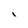
Character: 1